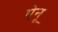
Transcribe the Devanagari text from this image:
ऐनू